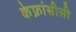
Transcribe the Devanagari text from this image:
केफ्रांसीसी